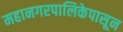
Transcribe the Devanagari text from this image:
महानगरपालिकेपासून